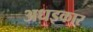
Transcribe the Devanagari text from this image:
अधइकार